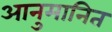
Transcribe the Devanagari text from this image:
आनुमानित